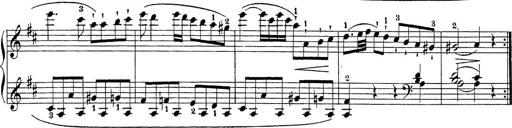
Title: Sonatina Album
Composer: Louis KÃ¶hler